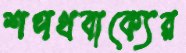
শপথবাক্যের